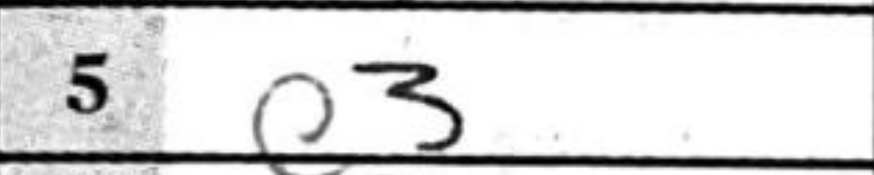
Transcription: c3